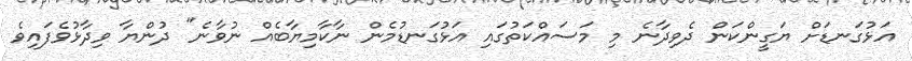
އަޅުގަނޑަށް ޔަގީންކަން ދެވިދާނެ މި މަސައްކަތުގައި އަޅުގަނޑުމެން ނާކާމިޔާބެއް ނުވާނެ" ދުންޔާ ވިދާޅުވެފައިވެ